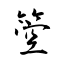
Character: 箜